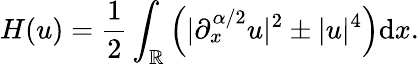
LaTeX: H(u)=\frac{1}{2}\int_{\mathbb{R}}\left(|\partial_{x}^{\alpha/2}u|^{2}\pm|u|^{4}\right)\mathrm{d}x.